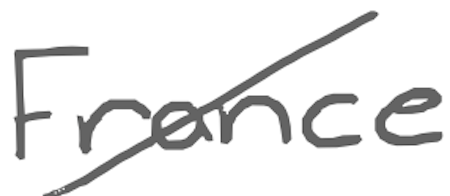
Text: France
Cross-out: diagonal
Writing tool: digital_gray